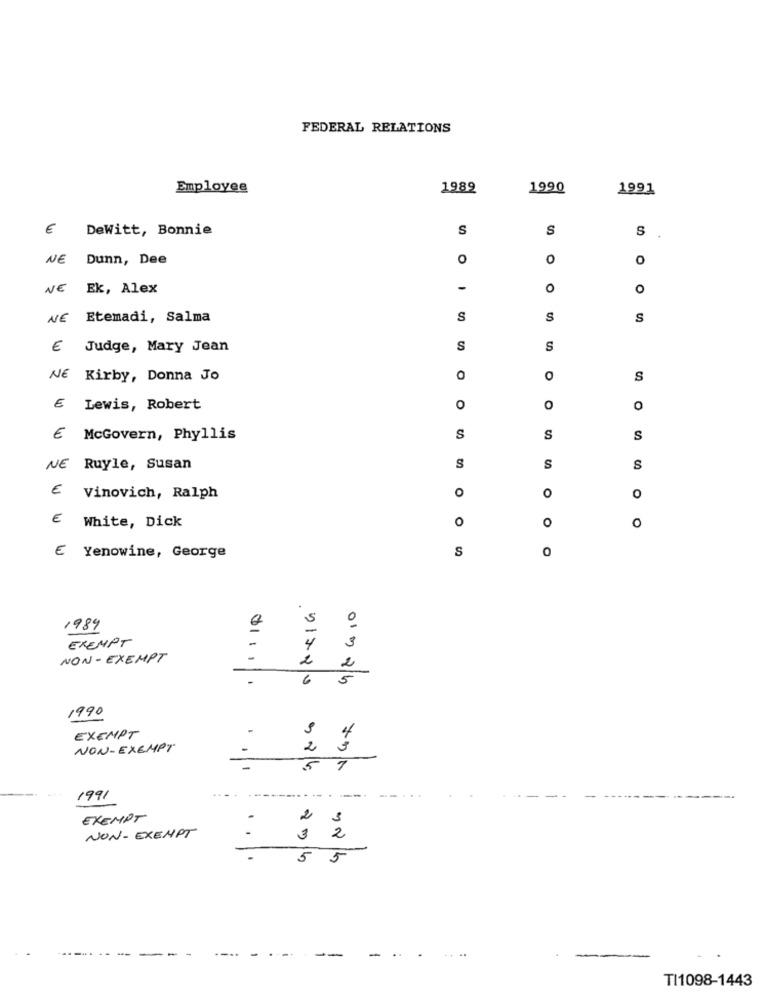
FEDERAL RELATIONS
Employee
1989
1990
1991
€
DeWitt, Bonnie
S
S
S
NE Dunn, Dee
0
O
0
NE
Ek, Alex
-
O
O
NE Etemadi, Salma
S
S
S
€ Judge, Mary Jean
S
S
NE Kirby, Donna Jo
0
S
E
Lewis, Robert
0
O
0
€ McGovern, Phyllis
S
S
s
NE Ruyle, Susan
S
S
S
O
€ Vinovich, Ralph
o
0
0
€ White, Dick
O
S
E Yenowine, George
S
0
1984
EXEMPT
NON-EXEMPT
0111
2
2
6
5
1990
EXEMPT
4
NON-EXEMPT
5 216
1991
EXEMPT
-
2
NON-EXEMPT
3
2
5
5
-
..
TI1098-1443